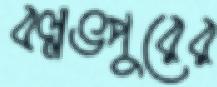
বল্লভপুরের